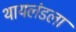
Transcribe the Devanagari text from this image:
थायलंडला